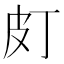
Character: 𤿆